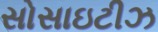
સોસાઇટીઝ